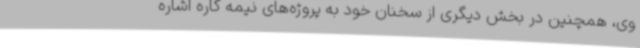
وی، همچنین در بخش دیگری از سخنان خود به پروژه‌های نیمه کاره اشاره